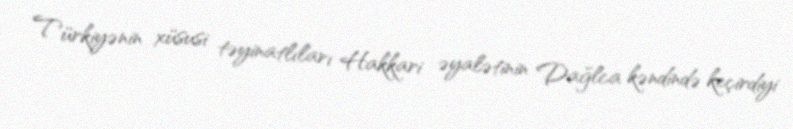
Türkiyənin xüsusi təyinatlıları Hakkari əyalətinin Dağlca kəndində keçirdiyi